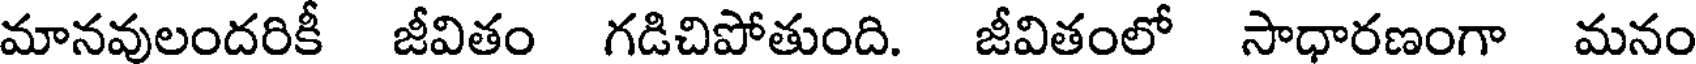
మానవులందరికీ జీవితం గడిచిపోతుంది. జీవితంలో సాధారణంగా మనం